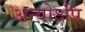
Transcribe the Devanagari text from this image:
अन्योऽपि